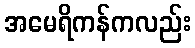
အမေရိကန်ကလည်း